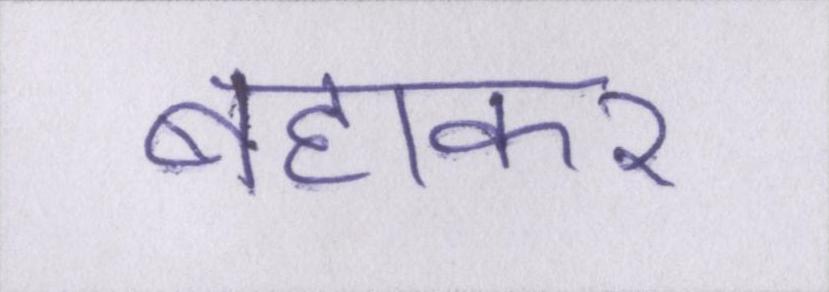
बहाकर